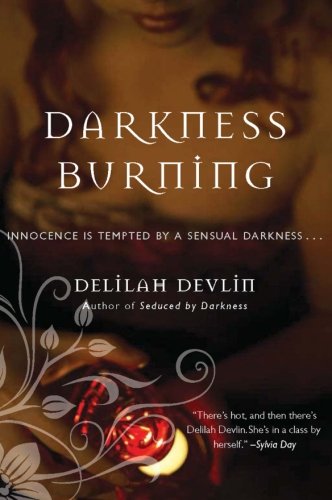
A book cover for Darkness Burning (Dark Realm Series); Delilah Devlin; Romance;